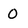
Character: O